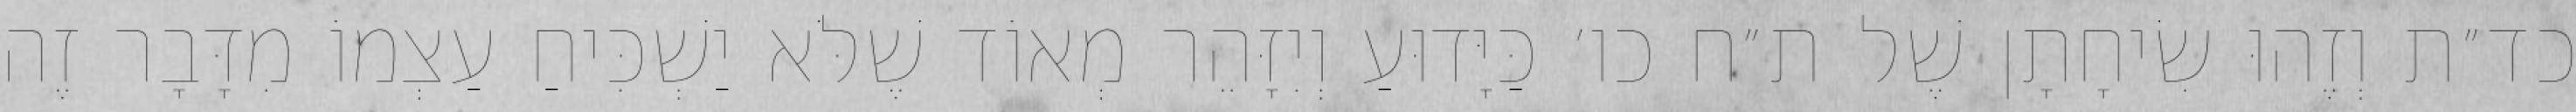
כד״ת וְזֶהוּ שִׂיחָתָן שֶׁל ת״ח כו׳ כַּיָּדוּעַ וְיִזָּהֵר מְאוֹד שֶׁלֹּא יַשְׁכִּיחַ עַצְמוֹ מִדָּבָר זֶה